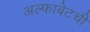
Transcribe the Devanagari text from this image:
अल्फाबेटची